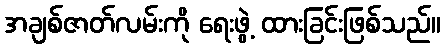
အချစ်ဇာတ်လမ်းကို ရေးဖွဲ့ ထားခြင်းဖြစ်သည်။